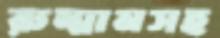
রুম্মানসহ